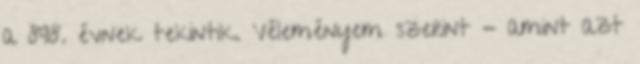
a 898. évnek tekintik. Véleményem szerint - amint azt